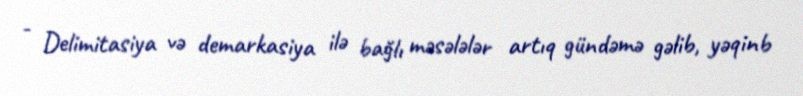
- Delimitasiya və demarkasiya ilə bağlı məsələlər artıq gündəmə gəlib, yəqinb